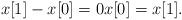
LaTeX: \begin{align*}x[1]-x[0]=0x[0]=x[1].\end{align*}